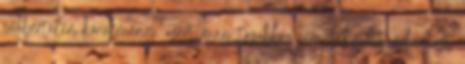
embertelen körülmény, azért még továbbra sem lehetett volna azt